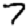
Digit: 7